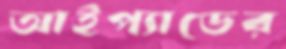
আইপ্যাডের